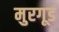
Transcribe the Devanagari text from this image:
मुरगूड